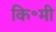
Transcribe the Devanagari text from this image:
कि॰मी